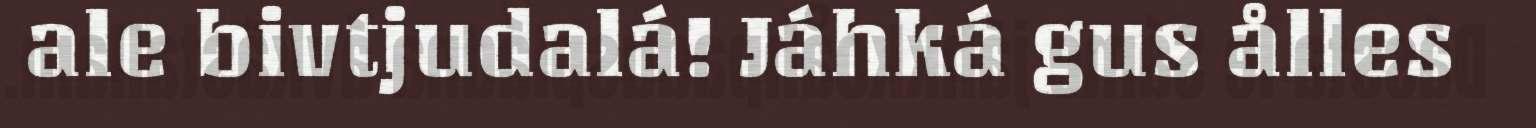
ale bivtjudalá! Jáhká gus ålles